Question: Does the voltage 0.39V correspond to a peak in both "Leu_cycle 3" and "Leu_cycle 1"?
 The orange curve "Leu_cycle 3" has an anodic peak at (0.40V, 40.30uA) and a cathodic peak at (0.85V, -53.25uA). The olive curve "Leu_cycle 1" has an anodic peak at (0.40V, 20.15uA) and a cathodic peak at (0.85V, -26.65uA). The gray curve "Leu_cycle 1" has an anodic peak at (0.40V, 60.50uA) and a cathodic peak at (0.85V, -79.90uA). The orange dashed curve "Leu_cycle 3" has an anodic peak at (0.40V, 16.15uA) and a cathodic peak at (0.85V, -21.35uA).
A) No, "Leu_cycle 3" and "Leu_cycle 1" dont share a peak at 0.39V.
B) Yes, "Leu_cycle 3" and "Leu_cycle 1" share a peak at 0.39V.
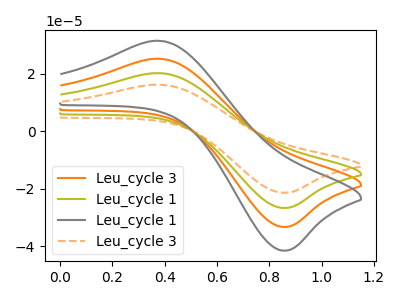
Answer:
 <answer>B) Yes, "Leu_cycle 3" and "Leu_cycle 1" share a peak at 0.39V.</answer>
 <eval>B</eval>